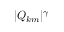
| Q _ { k m } | ^ { \gamma }